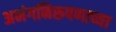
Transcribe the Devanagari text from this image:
अभंगनिरूपणाच्या